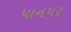
પાનપર